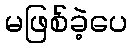
မဖြစ်ခဲ့ပေ